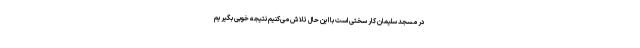
در مسجد سلیمان کار سختی است با این حال تلاش می‌کنیم نتیجه خوبی بگیریم